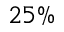
2 5 \%